Statistical return of the lunatic asylum in Assam - 1912-1932
Year: 1912
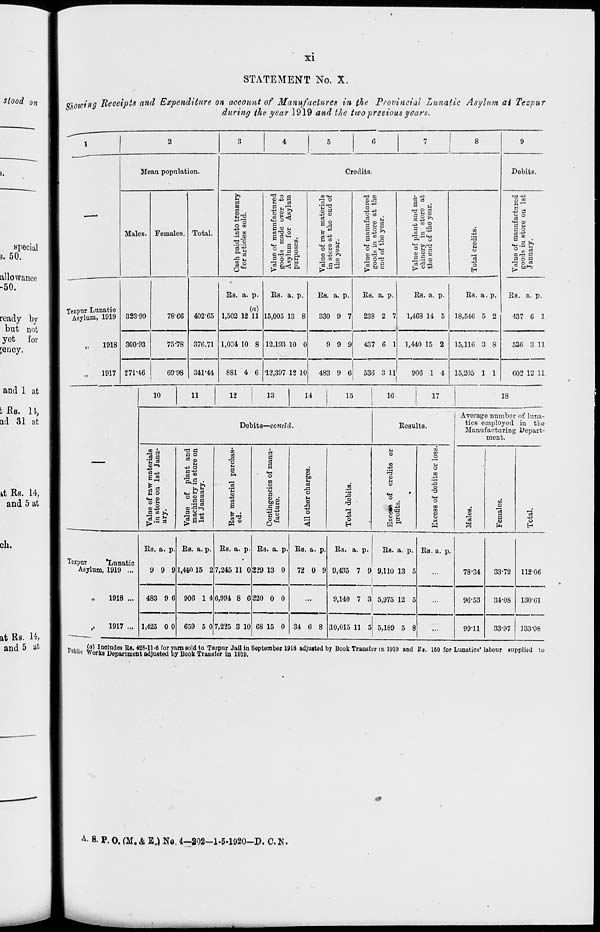
XI
STATEMENT No. X.
Showing Receipts and Expenditure on account of Manufactures in the Provincial Lunatic Asylum at Tezpur
during the year 1919 and the two previous years.
Mean population.
Males. Females.
Tczpnr Lunatic
Asylum, 1919
1918
1917
323-99
300-93
7866
75-78
271-46
6998
Total.
Credits.
P
on
c3
O to
■+3
B CO
•rH ©
'3'-3
§|
. n3 o a
CJ 4->
b
0
0
43 ^i ^
o
00
«j
P
c CJ U
CS'O o
a C3 4H
go
U-.
a 01
B) P 5
© r—
Pi
P a ki n
!>
9 Zi B
© P
43 O
M
It
CM O S
° 8 I
©4s >*
P to o
T3 ®
ai -P
I-I 43
p
43 43
3 s §
O
1M
© r>3 °
i-s p i
►? fcO ©
II 43
2 c3
jjiiui
p
-^
*■£ 'H«M
a O
° H P
© § ©
-2 -a 2
©
H
O
"3
43
O
H
402-65
376.71
341-44
Ii.s. a. p.
(a)
1,502 12 11
1,0C4 10 8
Es. a. p.
15,005 13 8
12,193 10 0
881 4 6 12,397 12 10
Es. a. p.
330 9 7
Es. a. p.
238 2 7
9 9 9
437 6 1
Es. a. p.
1,468 14 5
Es. a. p.
18,546 5 2
1,440 15 2
483 9 6! 536 3 11 !
906 1 4
15,116 3 8
15,205 1 1
Debits.
rrj 43
ja
§°
"3 8
1 ■ 1
© rrt P
P o P
"3 o ■
Es. a. p.
437 6 1
536 3 11
602 12 11
10
11
12
13
14
15
16
17
18
Debits—conchl.
Eesults.
5 p
E iS
fflh-J
c m
a a
s-i O
<4-l ©
°s
<X>43
.
P «
rt a c3
« p
P o
u
43 O
p "fi
is*
° 2 a
p p
2-S^
I
M
P
P4
©
•+3
a
M
P
p
C3
a
m
.2
p
©
1 *
o
-P
O
43
o
E-t
u o
m a u
00 ya
fa c
Averag a numboi of luna-
tics employed in the
Manufacturing Depart-
ment.
to
CO
o
M
O
DO
^3
©
T3
IH
O
to
DO
CD
09
©
.
O
©
a
3
o
43
14
oj
©
o
H
£
fe
H
Tezpnr
"Lunatic
Asylum, 1919 ...
1918 ...
1917 ...
Es. a. p.
9 9 9
483 9 6
1,425 0 0
Es. a. p.
1,440 15 2
906 1 4
Bs. a. p
7,245 11 0
6,994 8 6
659 5 0 7,225 3 10
Es. a. p
229 13 0
220 0 0
68 15 0
Es. a. p
72 0 9
34 6 8
Es. a. p.
Es. a. p.
9,435 7 9, 9,110 13 5
9,140 7 3, 5,975 12 5
110,015 11 5 5,189 5 8
Es. a. p.
78-34
96-53
99-11
33-72
34-08
11206
13001
33-97 133-08
Pi.wi $$ Includes Ra. 423-11-6 for yarn sold to Tezpur Jail in September 1918 adjuited by Book Transfer in 1919 and I!«. 160 for Lunatics' labour supplied to
™wie Works Department adjusted by Book Transfer in 1919.
A - B. P. 0. (M. & E.) No. 4-202-1.5-1920-D. C. K,